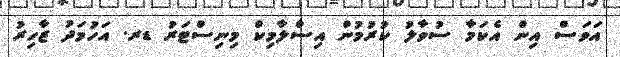
އަވަސް އިން އެކަމާ ސުވާލު ކުރުމުން އިސްލާމިކް މިނިސްޓަރު ޑރ. އަހުމަދު ޒާހިރު